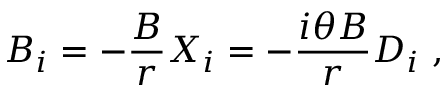
B _ { i } = - \frac { B } { r } X _ { i } = - \frac { i \theta B } { r } D _ { i } ~ , \nonumber